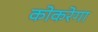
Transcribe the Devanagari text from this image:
कोकरेगा